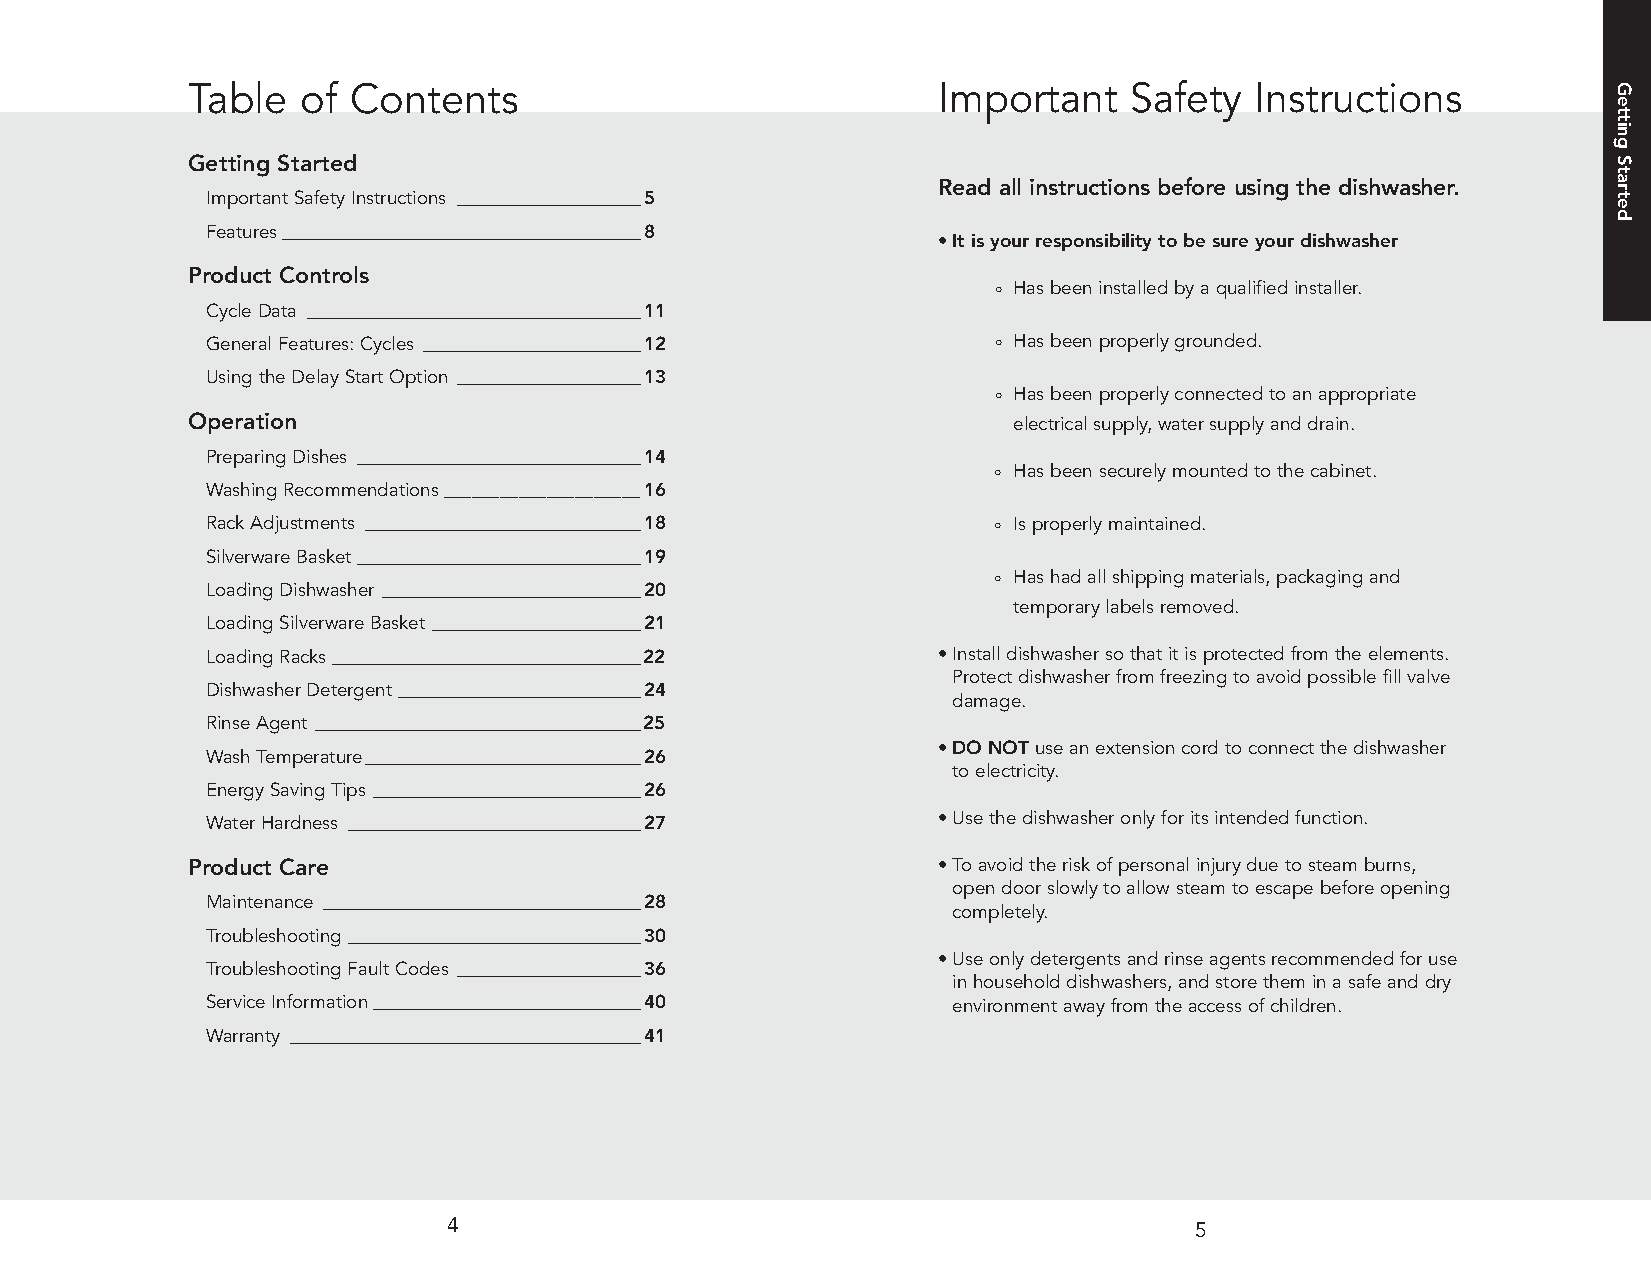
Table   of Contents                               Important    Safety  Instructions
 Getting Started
 Read all instructions before using the dishwasher.
 ImportantSafetyInstructions ______________________5
 Features___________________________________________8
 •Itisyourresponsibilitytobesureyourdishwasher
 Product Controls
 ° Hasbeeninstalledbyaqualifiedinstaller.
 CycleData ________________________________________11
 GeneralFeatures:Cycles __________________________12 ° Hasbeenproperlygrounded.
 UsingtheDelayStartOption ______________________13
 ° Hasbeenproperlyconnectedtoanappropriate
 Operation                                              electricalsupply,watersupplyanddrain.
 PreparingDishes __________________________________14
 ° Hasbeensecurelymountedtothecabinet.
 WashingRecommendations_____________________16
 RackAdjustments _________________________________18 ° Isproperlymaintained.
 SilverwareBasket__________________________________19
 ° Hashadallshippingmaterials,packagingand
 LoadingDishwasher _______________________________20
 temporarylabelsremoved.
 LoadingSilverwareBasket _________________________21
 LoadingRacks_____________________________________22 •Installdishwashersothatitisprotectedfromtheelements.
 Protectdishwasherfromfreezingtoavoidpossiblefillvalve
 DishwasherDetergent _____________________________24
 damage.
 RinseAgent _______________________________________25
 •DONOTuseanextensioncordtoconnectthedishwasher
 WashTemperature_________________________________26
 toelectricity.
 EnergySavingTips ________________________________26
 WaterHardness ___________________________________27 •Usethedishwasheronlyforitsintendedfunction.
 Product Care                                      •Toavoidtheriskofpersonalinjuryduetosteamburns,
 opendoorslowlytoallowsteamtoescapebeforeopening
 Maintenance ______________________________________28
 completely.
 Troubleshooting ___________________________________30
 •Useonlydetergentsandrinseagentsrecommendedforuse
 TroubleshootingFaultCodes ______________________36
 inhouseholddishwashers,andstoretheminasafeanddry
 ServiceInformation________________________________40 environmentawayfromtheaccessofchildren.
 Warranty __________________________________________41
 4                                                5
 GettingStarted